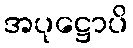
အပုဋ္ဌောပိ